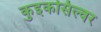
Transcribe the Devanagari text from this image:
कुइकसिल्वर